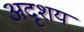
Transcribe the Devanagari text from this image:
अदृशय